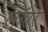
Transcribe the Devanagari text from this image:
लॉपेर